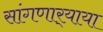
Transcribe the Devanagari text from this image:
सांगणार्‍याया